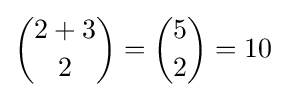
{\binom {2+3}{2}}={\binom {5}{2}}=10